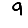
Digit: 9